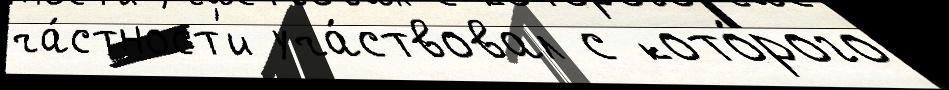
ча́стност'и уча́ствовал с кото́рого